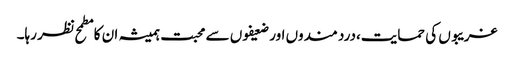
غریبوں کی حمایت،درد مندوں اور ضعیفوں سے محبت ہمیشہ ان کا مطمح نظر رہا۔